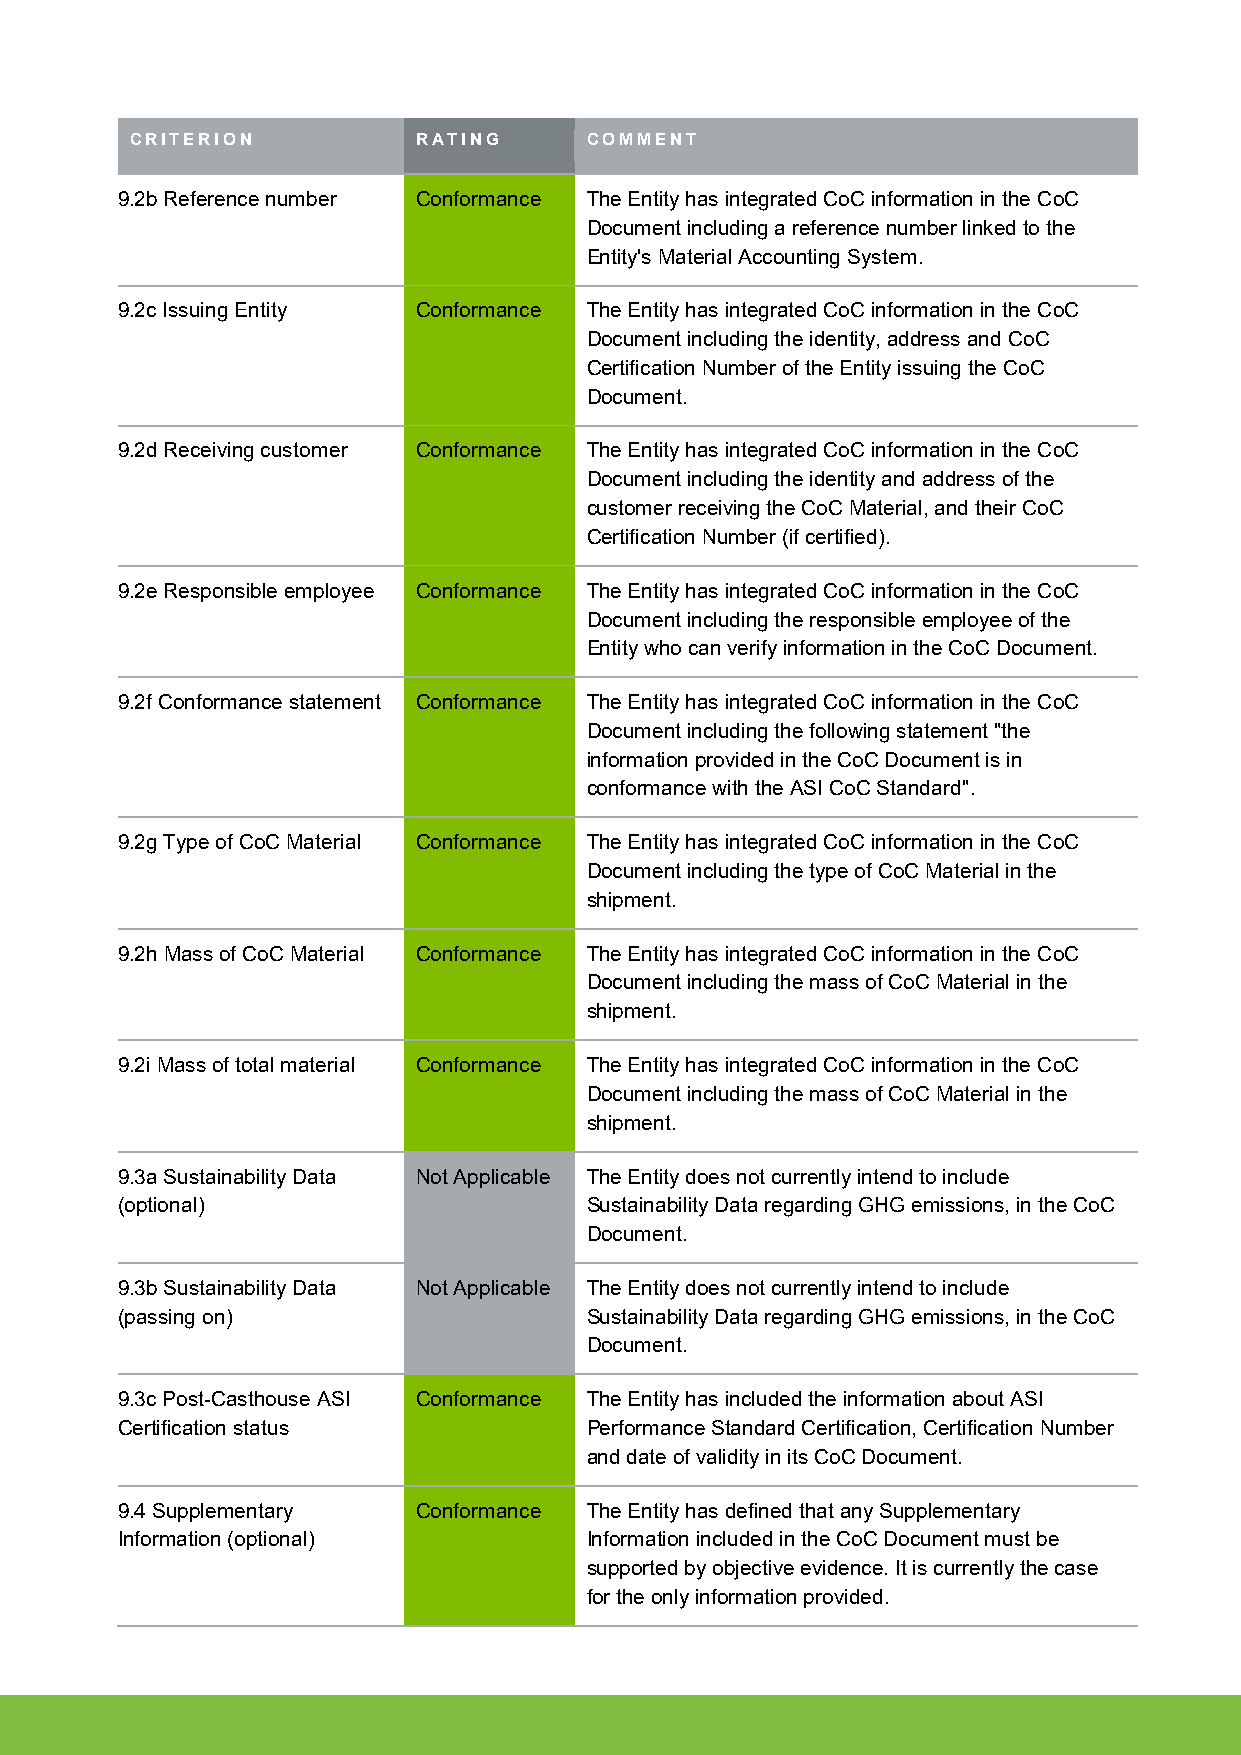
CRITERION          RATING     COMMENT
 9.2b Reference number Conformance The Entity has integrated CoC information in the CoC
 Document including a reference number linked to the
 Entity's Material Accounting System.
 9.2c Issuing Entity Conformance The Entity has integrated CoC information in the CoC
 Document including the identity, address and CoC
 Certification Number of the Entity issuing the CoC
 Document.
 9.2d Receiving customer Conformance The Entity has integrated CoC information in the CoC
 Document including the identity and address of the
 customer receiving the CoC Material, and their CoC
 Certification Number (if certified).
 9.2e Responsible employee Conformance The Entity has integrated CoC information in the CoC
 Document including the responsible employee of the
 Entity who can verify information in the CoC Document.
 9.2f Conformance statement Conformance The Entity has integrated CoC information in the CoC
 Document including the following statement "the
 information provided in the CoC Document is in
 conformance with the ASI CoC Standard".
 9.2g Type of CoC Material Conformance The Entity has integrated CoC information in the CoC
 Document including the type of CoC Material in the
 shipment.
 9.2h Mass of CoC Material Conformance The Entity has integrated CoC information in the CoC
 Document including the mass of CoC Material in the
 shipment.
 9.2i Mass of total material Conformance The Entity has integrated CoC information in the CoC
 Document including the mass of CoC Material in the
 shipment.
 9.3a Sustainability Data Not Applicable The Entity does not currently intend to include
 (optional)                     Sustainability Data regarding GHG emissions, in the CoC
 Document.
 9.3b Sustainability Data Not Applicable The Entity does not currently intend to include
 (passing on)                   Sustainability Data regarding GHG emissions, in the CoC
 Document.
 9.3c Post-Casthouse ASI Conformance The Entity has included the information about ASI
 Certification status           Performance Standard Certification, Certification Number
 and date of validity in its CoC Document.
 9.4 Supplementary   Conformance The Entity has defined that any Supplementary
 Information (optional)         Information included in the CoC Document must be
 supported by objective evidence. It is currently the case
 for the only information provided.